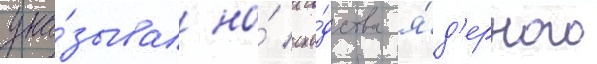
ука́зывал на́ схо́дства я́д'ерного